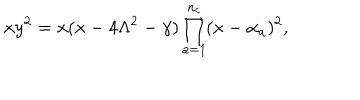
x y ^ { 2 } = x ( x - 4 \Lambda ^ { 2 } - \gamma ) \prod _ { a = 1 } ^ { n _ { c } } ( x - \alpha _ { a } ) ^ { 2 } ,